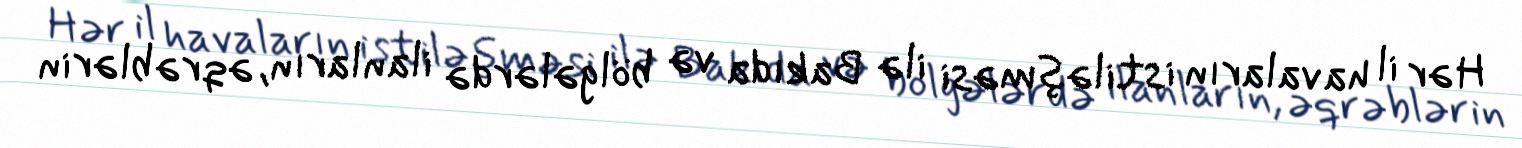
Hər il havaların istiləşməsi ilə Bakıda və bölgələrdə ilanların, əqrəblərin